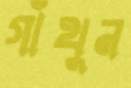
গাঁথুন